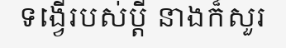
ទង្វើរបស់ប្តី នាងក៏សួរ